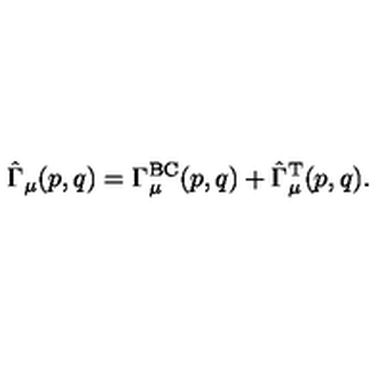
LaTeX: \hat { \Gamma } _ { \mu } ( p , q ) = \Gamma _ { \mu } ^ { \mathrm { B C } } ( p , q ) + \hat { \Gamma } _ { \mu } ^ { \mathrm { T } } ( p , q ) .